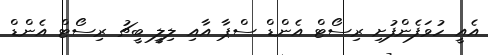
އެއީ ހުވަފެންފުށި ރިސޯޓް އެންޑް ސްޕާ އާއި ލިލީ ބީޗު ރިސޯޓް އެންޑް